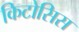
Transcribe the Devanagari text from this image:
किटोसिस